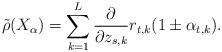
LaTeX: \begin{align*} \tilde{\rho} (X_{\alpha}) = \sum _{k=1} ^L \frac{\partial}{\partial z_{s,k}} r_{t,k} (1 \pm \alpha _{t,k}).\end{align*}